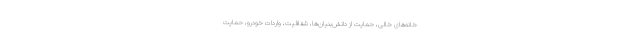
خانه‌های خالی، حمایت از دانش‌بنیان‌ها، شفافیت، واردات خودرو، حمایت